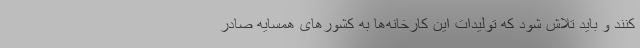
کنند و باید تلاش شود که تولیدات این کارخانه‌ها به کشورهای همسایه صادر